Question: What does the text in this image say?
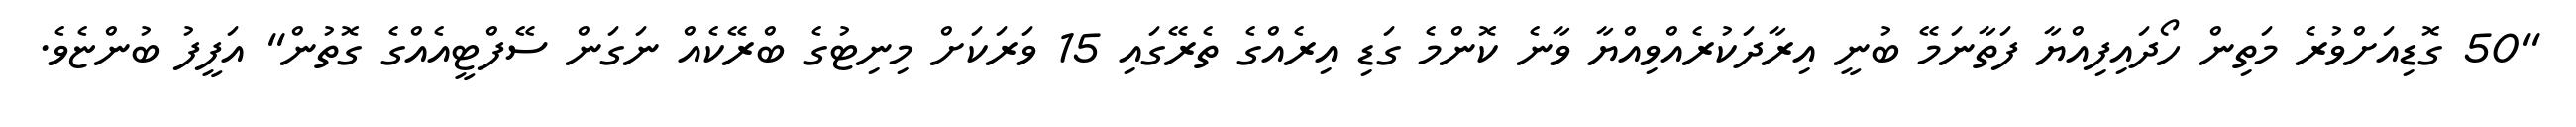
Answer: "50 ގޮޑިއަށްވުރެ މަތިން ހޯދައިފިއްޔާ ފަތާނަމޭ ބުނީ އިރާދަކުރެއްވިއްޔާ ވާނެ ކޮންމެ ގަޑި އިރެއްގެ ތެރޭގައި 15 ވަރަކަށް މިނިޓުގެ ބްރޭކެއް ނަގަން ސޭފްޓީއެއްގެ ގޮތުން" އަފީފު ބުންޏެވެ.